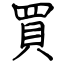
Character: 買